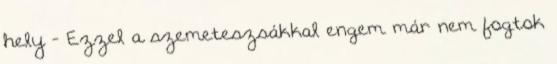
hely - Ezzel a szemeteszsákkal engem már nem fogtok